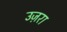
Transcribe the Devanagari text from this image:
उज़रा